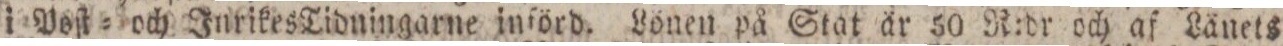
i Poſt= och Inrikes Tidningarne införd. Lönen på Stat är 50 R:dr och af Länets